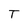
Character: T